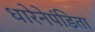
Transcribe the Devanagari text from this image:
धारेनेपंडिता